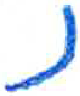
אות: נ